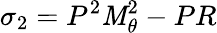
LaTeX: \sigma_{2}=P^{2}\mathit{M}_{\theta}^{2}-PR